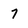
Character: 7